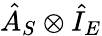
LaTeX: \hat{A}_{S}\otimes\hat{I}_{E}